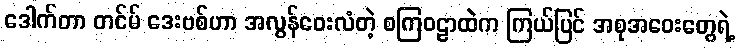
ဒေါက်တာ တင်မ် ဒေးဗစ်ဟာ အလွန်ဝေးလံတဲ့ စကြဝဠာထဲက ကြယ်ပြင် အစုအဝေးတွေရဲ့